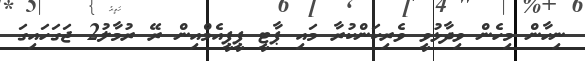
ނިހާން މިހެން ވިދާޅުވީ ވެރިކަންކުރާ މައި ޕާޓީ ޕީޕީއެމްއިން ރޭ ރުމާލު2 ޖަގަހައިގަ